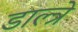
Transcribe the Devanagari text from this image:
डाल्त्रे